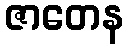
ဇာတေန